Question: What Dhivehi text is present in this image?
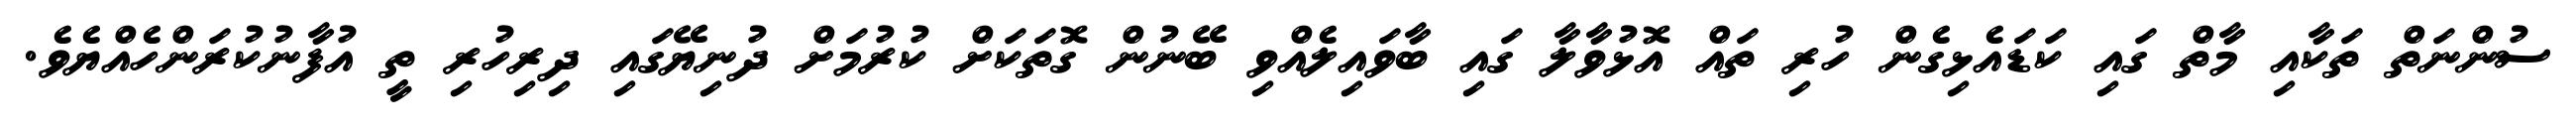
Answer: ސުންނަތް ތަކާއި މާތް ގައި ކަޑައެޅިގެން ހުރި ތައް އޮޅުވާލާ ގައި ބާވައިލެއްވި ބޭނުން ގޮތަކަށް ކުރުމަށް ދުނިޔޭގައި ދިރިހުރި ތީ އުފާނުކުރަންހެއްޔެވެ.